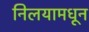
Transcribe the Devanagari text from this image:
निलयामधून